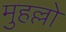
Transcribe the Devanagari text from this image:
मुहल्लो